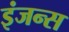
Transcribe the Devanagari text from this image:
इंजन्स